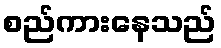
စည်ကားနေသည်